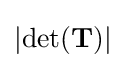
\left|\operatorname {det} (\mathbf {T} )\right|